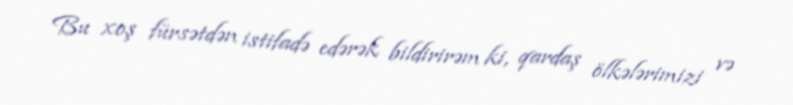
Bu xoş fürsətdən istifadə edərək bildirirəm ki, qardaş ölkələrimizi və